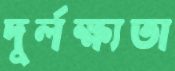
দুর্লক্ষ্যতা